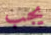
يجب